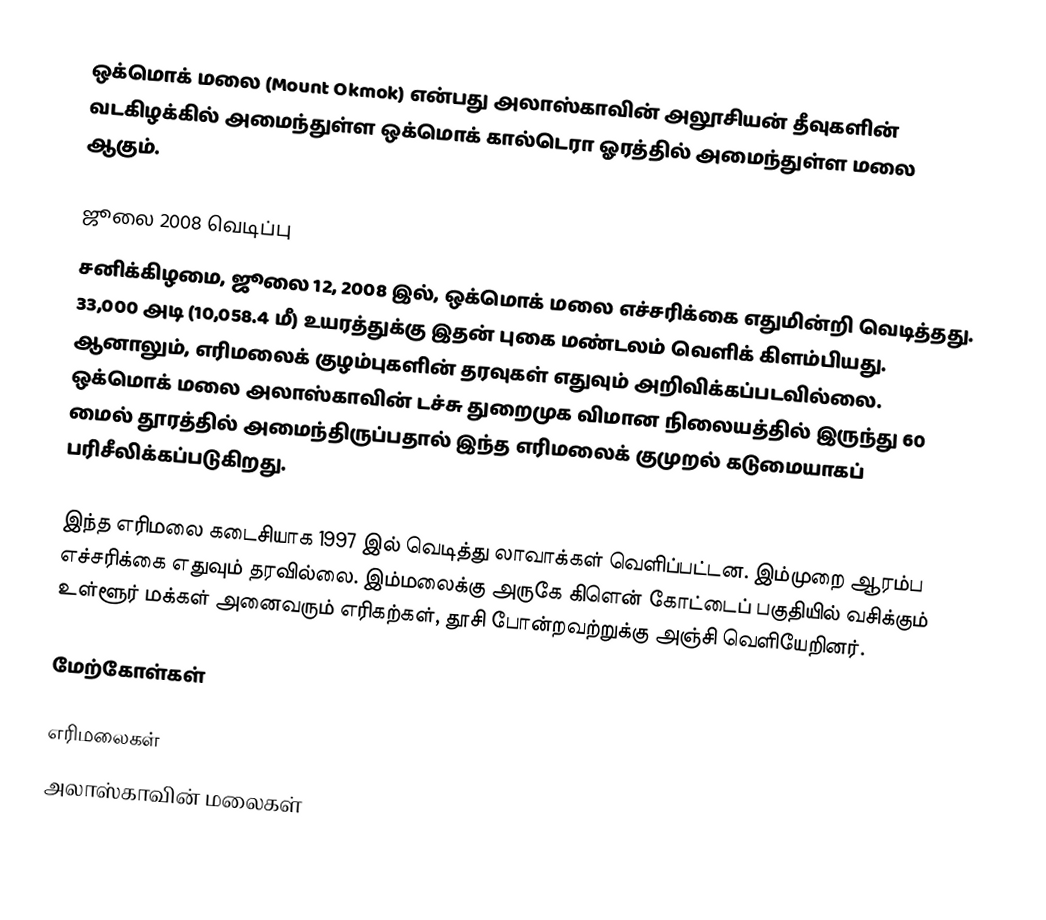
ஒக்மொக் மலை (Mount Okmok) என்பது அலாஸ்காவின் அலூசியன் தீவுகளின் வடகிழக்கில் அமைந்துள்ள ஒக்மொக் கால்டெரா ஓரத்தில் அமைந்துள்ள மலை ஆகும்.

ஜூலை 2008 வெடிப்பு
சனிக்கிழமை, ஜூலை 12, 2008 இல், ஒக்மொக் மலை எச்சரிக்கை எதுமின்றி வெடித்தது. 33,000 அடி (10,058.4 மீ) உயரத்துக்கு இதன் புகை மண்டலம் வெளிக் கிளம்பியது. ஆனாலும், எரிமலைக் குழம்புகளின் தரவுகள் எதுவும் அறிவிக்கப்படவில்லை. ஒக்மொக் மலை அலாஸ்காவின் டச்சு துறைமுக விமான நிலையத்தில் இருந்து 60 மைல் தூரத்தில் அமைந்திருப்பதால் இந்த எரிமலைக் குமுறல் கடுமையாகப் பரிசீலிக்கப்படுகிறது.

இந்த எரிமலை கடைசியாக 1997 இல் வெடித்து லாவாக்கள் வெளிப்பட்டன. இம்முறை ஆரம்ப எச்சரிக்கை எதுவும் தரவில்லை. இம்மலைக்கு அருகே கிளென் கோட்டைப் பகுதியில் வசிக்கும் உள்ளூர் மக்கள் அனைவரும் எரிகற்கள், தூசி போன்றவற்றுக்கு அஞ்சி வெளியேறினர்.

மேற்கோள்கள்

எரிமலைகள்
அலாஸ்காவின் மலைகள்